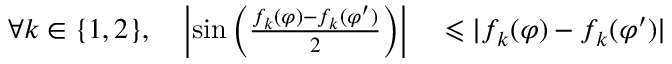
\begin{array} { r l } { \forall k \in \{ 1 , 2 \} , \quad \left| \sin \left( \frac { f _ { k } ( \varphi ) - f _ { k } ( \varphi ^ { \prime } ) } { 2 } \right) \right| } & { { } \leqslant | f _ { k } ( \varphi ) - f _ { k } ( \varphi ^ { \prime } ) | } \end{array}